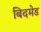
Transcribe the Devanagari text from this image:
बिदमेड